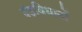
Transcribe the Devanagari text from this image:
दंडविधानों